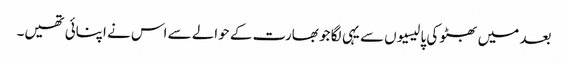
بعد میں بھٹو کی پالیسیوں سے یہی لگا جو بھارت کے حوالے سے اس نے اپنائی تھیں۔